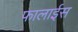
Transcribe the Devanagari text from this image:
फालाईस